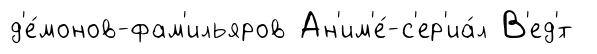
д'е́монов-фам'ильяров Ан'им'е́-с'ер'иа́л В'ед'́т